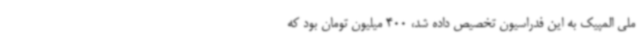
ملی المپیک به این فدراسیون تخصیص داده شد، 400 میلیون تومان بود که